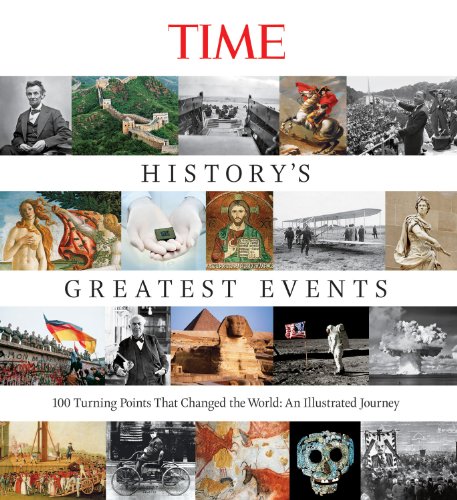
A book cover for TIME History's Greatest Events: 100 Turning Points That Changed the World: An Illustrated Journey; Kelly Knauer; Arts & Photography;